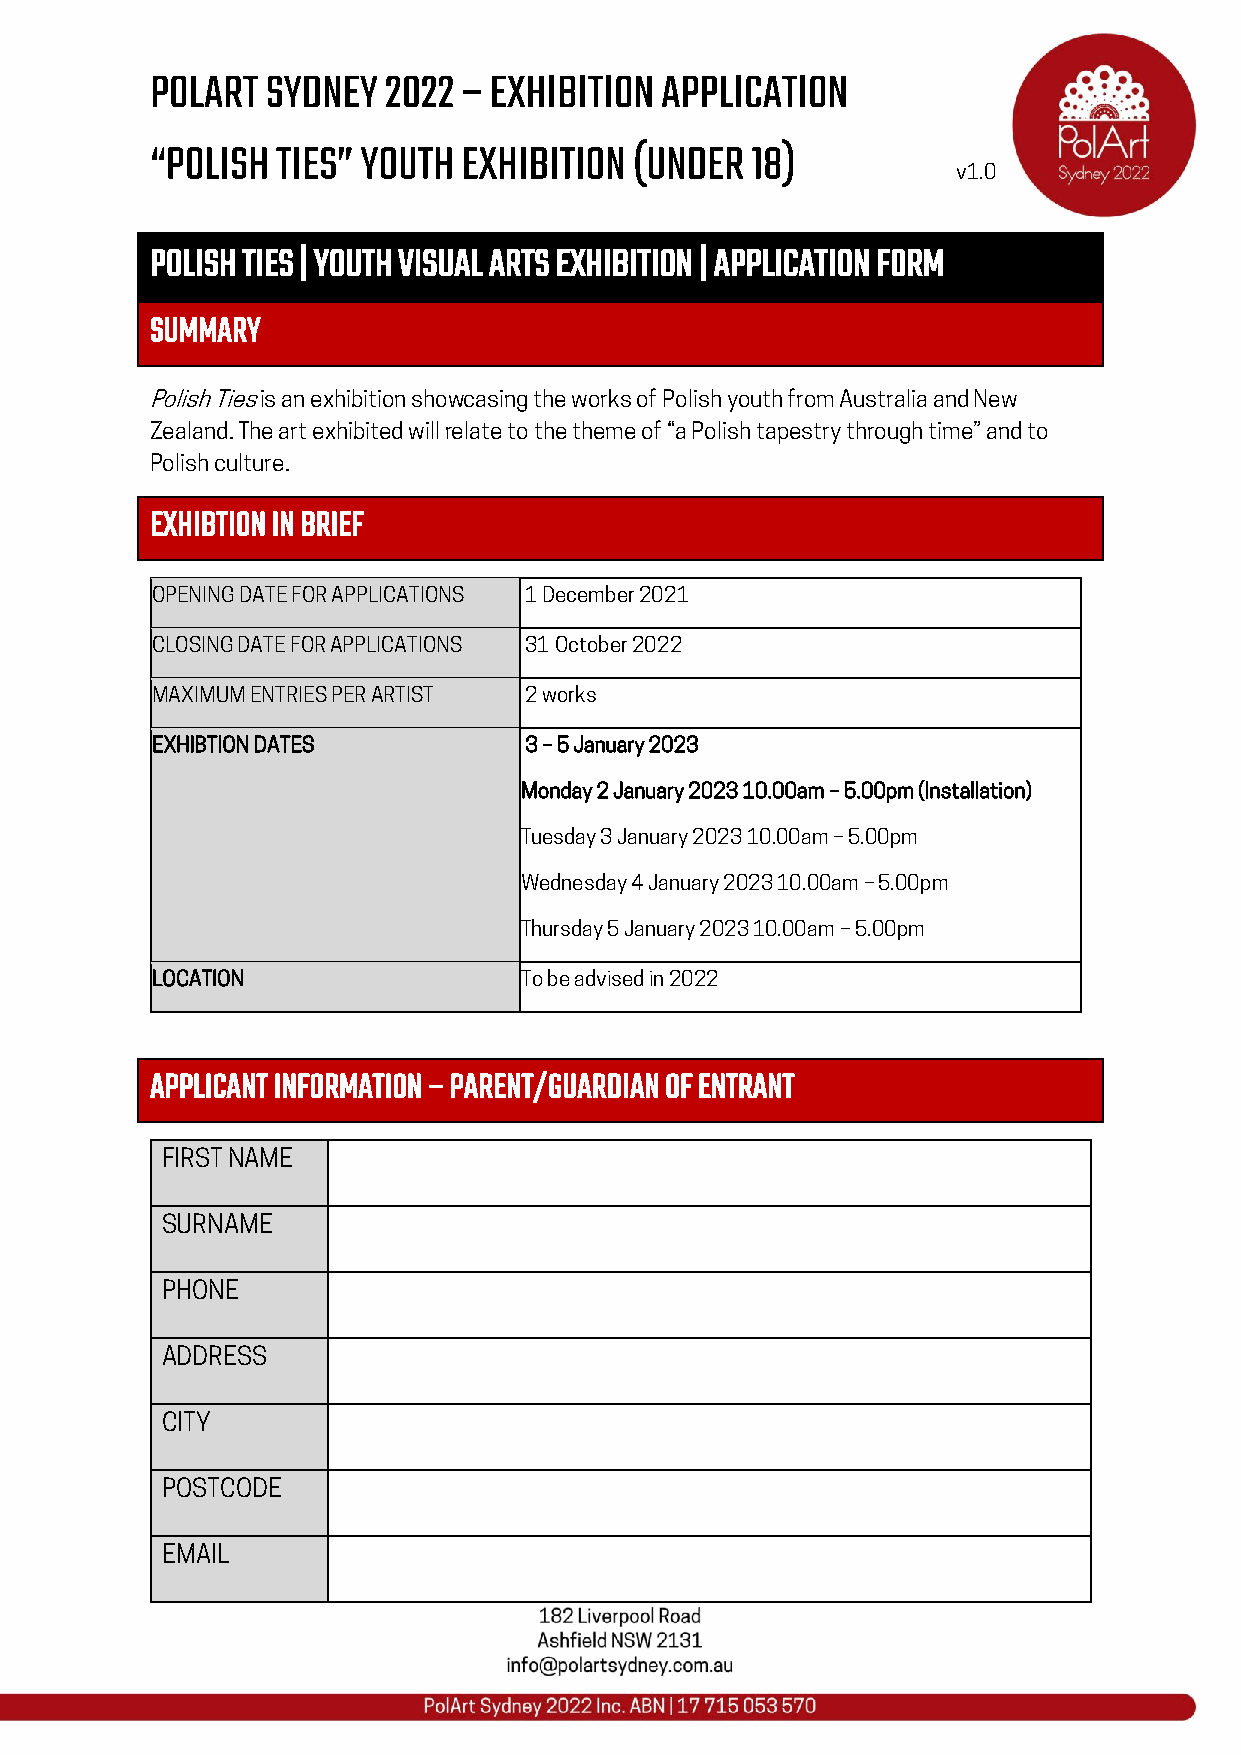
POLART  SYDNEY 2022  – EXHIBITION APPLICATION
 “POLISH TIES” YOUTH  EXHIBITION (UNDER  18)
 v1.0
 POLISH TIES | YOUTH VISUAL ARTS EXHIBITION | APPLICATION FORM
 SUMMARY
 Polish Ties is an exhibition showcasing the works of Polish youth from Australia and New
 Zealand. The art exhibited will relate to the theme of “a Polish tapestry through time” and to
 Polish culture.
 EXHIBTION IN BRIEF
 OPENING DATE FOR APPLICATIONS 1 December 2021
 CLOSING DATE FOR APPLICATIONS 31 October 2022
 MAXIMUM ENTRIES PER ARTIST 2 works
 EXHIBTION DATES          3 – 5 January 2023
 Monday 2 January 2023 10.00am – 5.00pm (Installation)
 Tuesday 3 January 2023 10.00am – 5.00pm
 Wednesday 4 January 2023 10.00am – 5.00pm
 Thursday 5 January 2023 10.00am – 5.00pm
 LOCATION                To be advised in 2022
 APPLICANT INFORMATION – PARENT/GUARDIAN OF ENTRANT
 FIRST NAME
 SURNAME
 PHONE
 ADDRESS
 CITY
 POSTCODE
 EMAIL